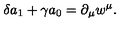
\delta a _ { 1 } + \gamma a _ { 0 } = \partial _ { \mu } w ^ { \mu } .